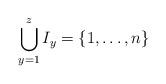
LaTeX: \begin{align*}\bigcup_{y=1}^z I_y = \{1, \dots, n\}\end{align*}